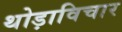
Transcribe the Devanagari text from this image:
थोड़ाविचार